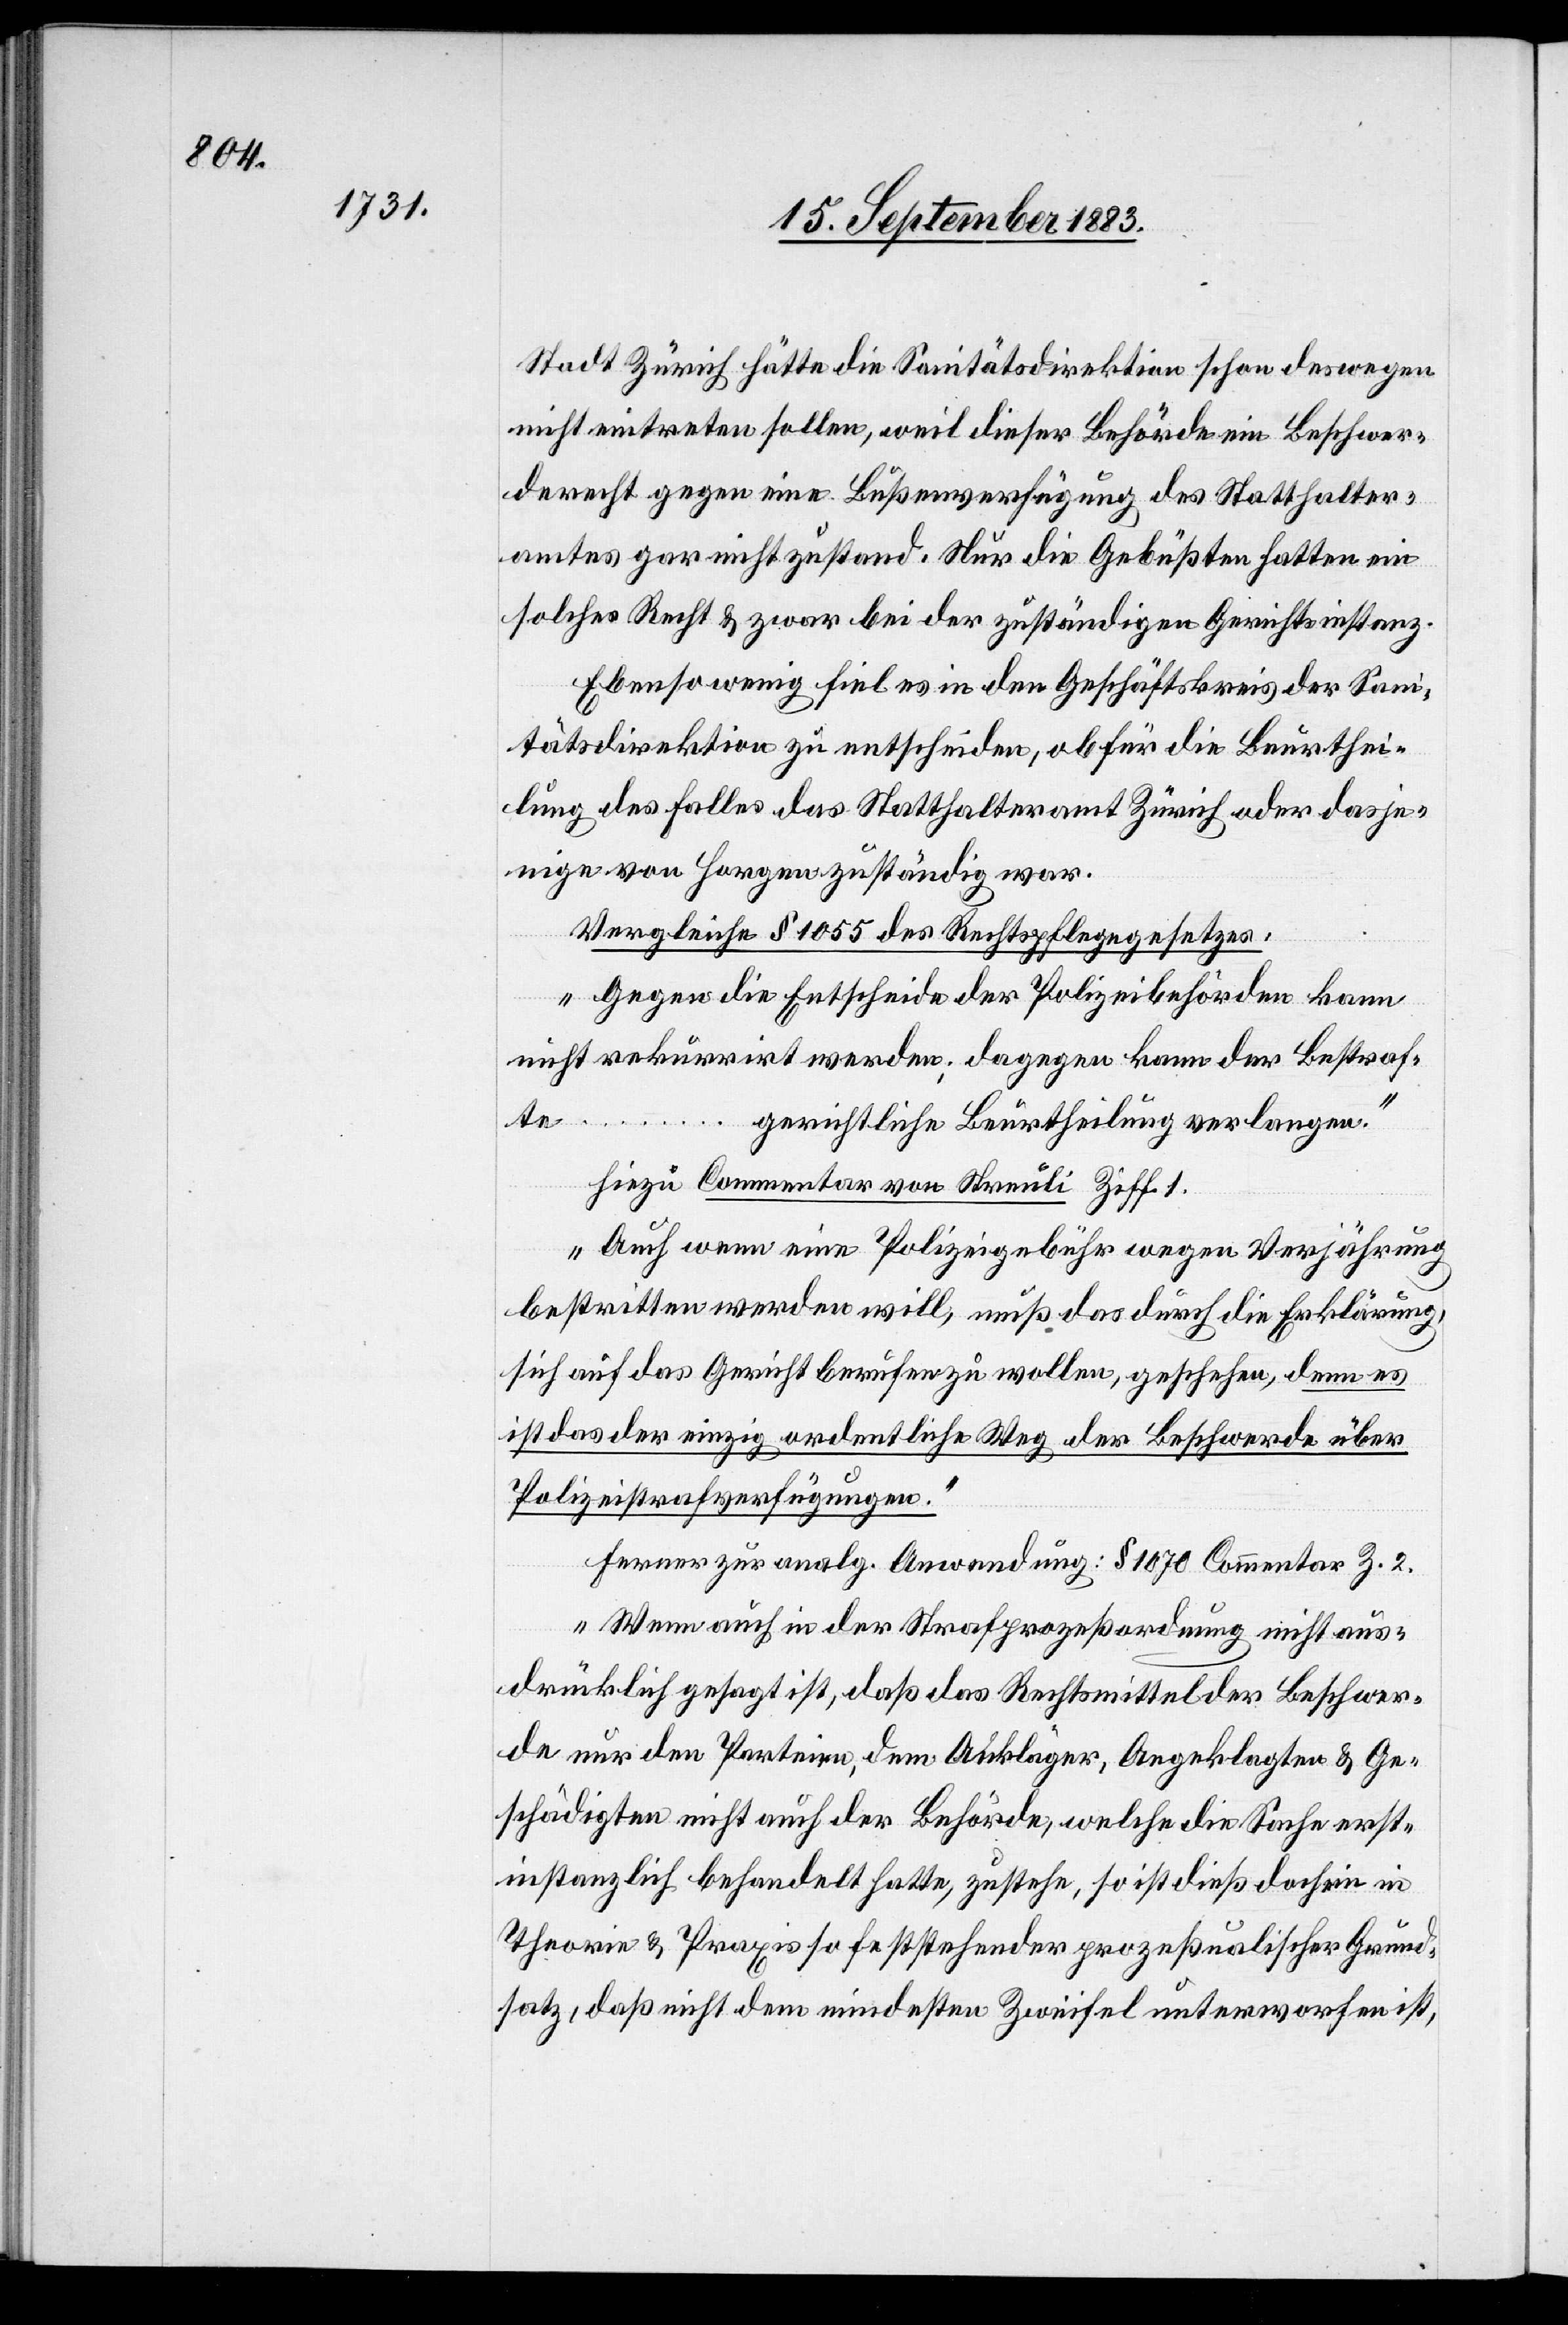
Stadt Zürich hätte die Sanitätsdirektion schon deswegen
nicht eintreten sollen, weil dieser Behörde ein Beschwer¬
derecht gegen eine Bußenverfügung des Statthalter¬
amtes gar nicht zustand. Nur die Gebüßten hatten ein
solches Recht & zwar bei der zuständigen Gerichtsinstanz.
Ebenso wenig fiel es in den Geschäftskreis der Sani¬
tätsdirektion zu entscheiden, ob für die Beurthei¬
lung des Falles das Statthalteramt Zürich oder dasje¬
nige von Horgen zuständig war.
Vergleiche § 1055 des Rechtspflegegesetzes:
„Gegen die Entscheide der Polizeibehörden kann
nicht rekurrirt werden; dagegen kann der Bestraf¬
te …
gerichtliche Beurtheilung verlangen.“
hiezu Commentar von Streuli Ziff. 1.
„Auch wenn eine Polizeigebühr wegen Verjährung
bestritten werden will, muß das durch die Erklärung,
sich auf das Gericht berufen zu wollen, geschehen, denn es
ist das der einzig ordentliche Weg der Beschwerde über
Polizeistrafverfügungen.“
Ferner zur analg. Anwendung: § 1070 Commentar Z. 2.
„Wenn auch in der Strafprozeßordnung nicht aus¬
drücklich gesagt ist, daß das Rechtsmittel der Beschwer¬
de nur den Parteien, dem Ankläger, Angeklagten & Ge¬
schädigten nicht auch der Behörde, welche die Sache erst¬
instanzlich behandelt hatte, zustehe, so ist dieß doch ein in
Theorie & Praxis so feststehender prozeßlicher Grund¬
satz, daß nicht dem mindesten Zweifel unterworfen ist,